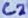
Text: C2